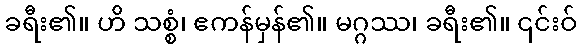
ခရီး၏။ ဟိ သစ္စံ၊ ဧကန်မှန်၏။ မဂ္ဂဿ၊ ခရီး၏။ ၎င်းဝ်